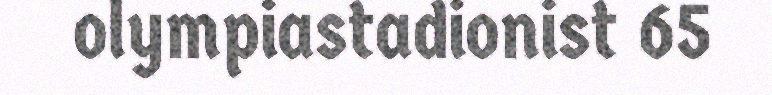
olympiastadionist 65